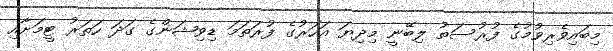
މިބައިވެރިވުމުގެ ފުރުސަތު ލިބޭނީ މިދިޔަ އަހަރުގެ ފުރަތަމަ ޑިވިޝަންގެ ގަދަ ހަތަރު ޓީމަށާއި